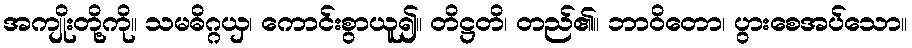
အကျိုးတို့ကို။ သမဓိဂ္ဂယှ၊ ကောင်းစွာယူ၍။ တိဋ္ဌတိ၊ တည်၏။ ဘာဝိတော၊ ပွားစေအပ်သော။